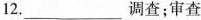
12.___调查；审查